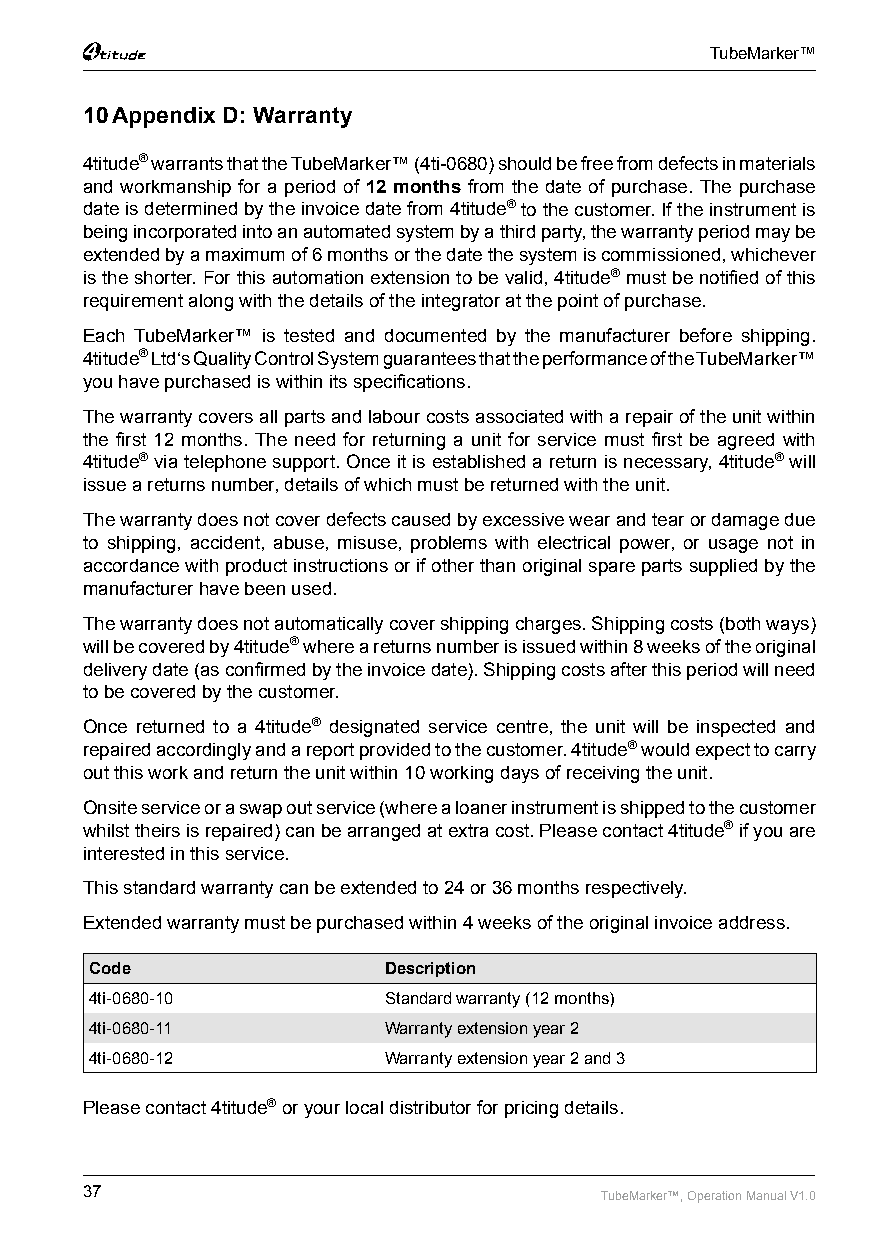
TubeMarker™
 10 Appendix D: Warranty
 4titude® warrants that the TubeMarker™ (4ti-0680) should be free from defects in materials
 and workmanship for a period of 12 months from the date of purchase. The purchase
 date is determined by the invoice date from 4titude® to the customer. If the instrument is
 being incorporated into an automated system by a third party, the warranty period may be
 extended by a maximum of 6 months or the date the system is commissioned, whichever
 is the shorter. For this automation extension to be valid, 4titude® must be notified of this
 requirement along with the details of the integrator at the point of purchase.
 Each TubeMarker™ is tested and documented by the manufacturer before shipping.
 4titude® Ltd‘s Quality Control System guarantees that the performance of the TubeMarker™
 you have purchased is within its specifications.
 The warranty covers all parts and labour costs associated with a repair of the unit within
 the first 12 months. The need for returning a unit for service must first be agreed with
 4titude® via telephone support. Once it is established a return is necessary, 4titude® will
 issue a returns number, details of which must be returned with the unit.
 The warranty does not cover defects caused by excessive wear and tear or damage due
 to shipping, accident, abuse, misuse, problems with electrical power, or usage not in
 accordance with product instructions or if other than original spare parts supplied by the
 manufacturer have been used.
 The warranty does not automatically cover shipping charges. Shipping costs (both ways)
 will be covered by 4titude® where a returns number is issued within 8 weeks of the original
 delivery date (as confirmed by the invoice date). Shipping costs after this period will need
 to be covered by the customer.
 Once returned to a 4titude® designated service centre, the unit will be inspected and
 repaired accordingly and a report provided to the customer. 4titude® would expect to carry
 out this work and return the unit within 10 working days of receiving the unit.
 Onsite service or a swap out service (where a loaner instrument is shipped to the customer
 whilst theirs is repaired) can be arranged at extra cost. Please contact 4titude® if you are
 interested in this service.
 This standard warranty can be extended to 24 or 36 months respectively.
 Extended warranty must be purchased within 4 weeks of the original invoice address.
 Code               Description
 4ti-0680-10        Standard warranty (12 months)
 4ti-0680-11        Warranty extension year 2
 4ti-0680-12        Warranty extension year 2 and 3
 Please contact 4titude® or your local distributor for pricing details.
 37                                 TubeMarker™, Operation Manual V1.0